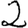
Digit: 2